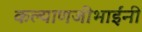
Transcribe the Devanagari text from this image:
कल्याणजीभाईंनी